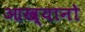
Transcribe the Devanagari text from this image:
आख्यानो